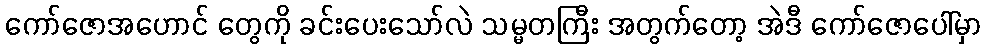
ကော်ဇောအဟောင် တွေကို ခင်းပေးသော်လဲ သမ္မတကြီး အတွက်တော့ အဲဒီ ကော်ဇောပေါ်မှာ